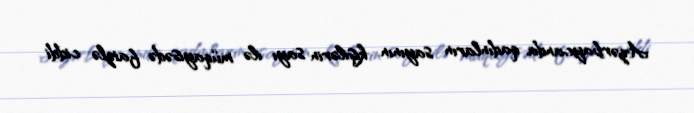
Azərbaycanda qadınların sayının kişilərin sayı ilə müqayisədə faizlə ciddi